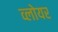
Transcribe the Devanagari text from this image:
व्लोयर